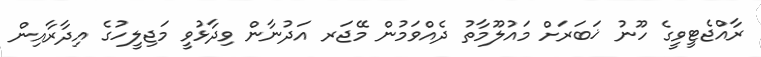
ރާއްޖެޓީވީގެ ހޫނު ޚަބަރަށް މައުލޫމާތު ދެއްވަމުން މޭޖަރ އަދުނާން ވިދާޅުވީ މަޖިލީހުގެ އިދާރާއިން